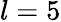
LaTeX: l=5